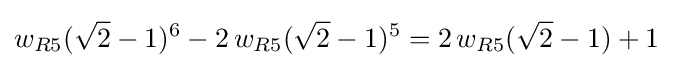
w_{R5}({\sqrt {2}}-1)^{6}-2\,w_{R5}({\sqrt {2}}-1)^{5}=2\,w_{R5}({\sqrt {2}}-1)+1